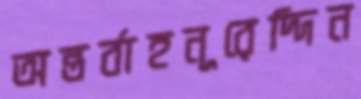
অন্তর্বাহনূরেদ্দিন